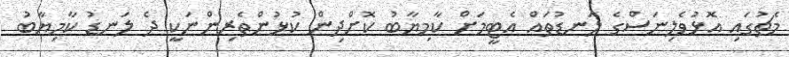
މެޗުގައި އޮޅުވެލިނަސްގެ ލަނޑުތައް އެޓީމަށް ކާމިޔާބު ކޮށްދިން ކުޅުންތެރިންނަކީ ދެ ލަނޑު ކާމިޔާބު